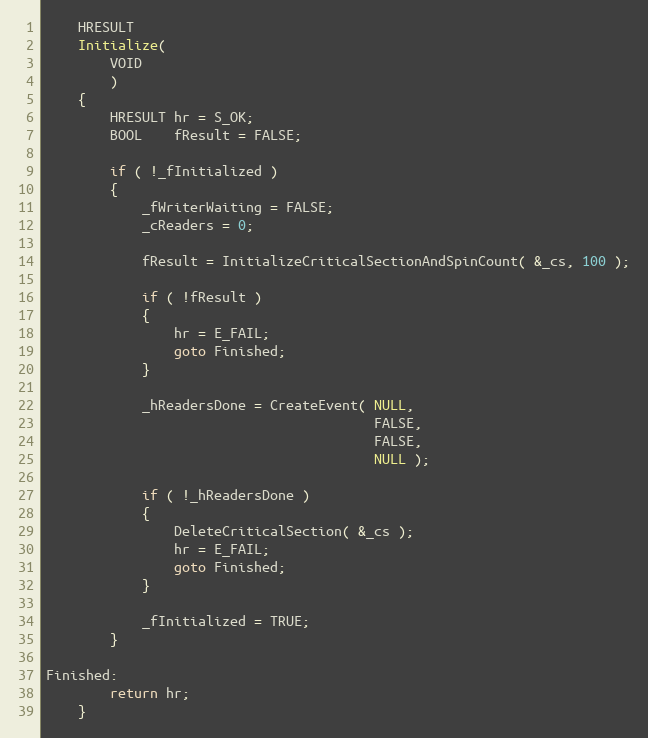
Language: C
    HRESULT
    Initialize(
        VOID
        )
    {
        HRESULT hr = S_OK;
        BOOL    fResult = FALSE;

        if ( !_fInitialized )
        {
            _fWriterWaiting = FALSE;
            _cReaders = 0;

            fResult = InitializeCriticalSectionAndSpinCount( &_cs, 100 );

            if ( !fResult )
            {
                hr = E_FAIL;
                goto Finished;
            }

            _hReadersDone = CreateEvent( NULL,
                                         FALSE,
                                         FALSE,
                                         NULL );

            if ( !_hReadersDone )
            {
                DeleteCriticalSection( &_cs );
                hr = E_FAIL;
                goto Finished;
            }

            _fInitialized = TRUE;
        }

Finished:
        return hr;
    }